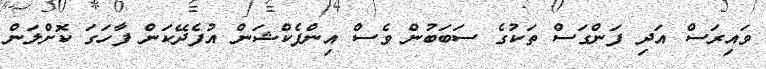
ވައިރަސް އަދި ފަންގަސް ތަކުގެ ސަބަބުން ވެސް އިންފެކްޝަން އުފެދޭކަން ފާހަގަ ކޮށްލަން